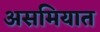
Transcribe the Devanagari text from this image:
असमियात